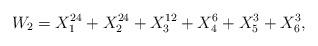
LaTeX: \begin{align*}W_{2} = X_{1}^{24} +X_{2}^{24} +X_{3}^{12} +X_{4}^{6} +X_{5}^{3} +X_{6}^{3},\end{align*}